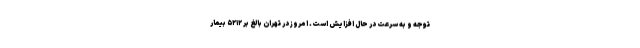
توجه و به سرعت در حال افزایش است. امروز در تهران بالغ بر ۵۲۱۲ بیمار